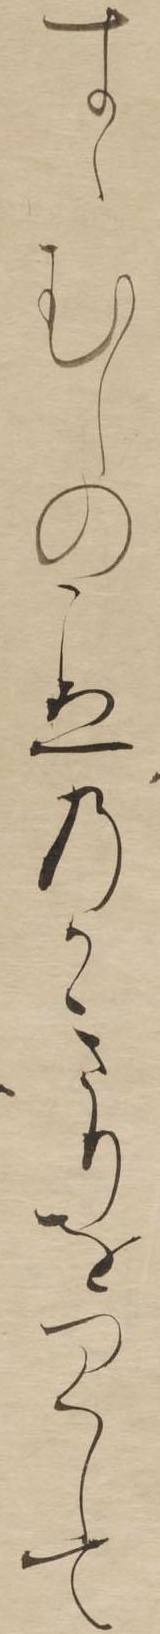
すゝむしのこゑのかきりをつくして